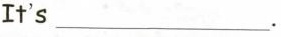
It's ___.